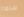
سنها